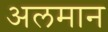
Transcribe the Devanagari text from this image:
अलमान